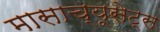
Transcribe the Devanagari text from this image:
मासाच्यूसेट्स